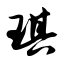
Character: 琪